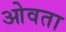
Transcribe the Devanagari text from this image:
ओवता